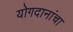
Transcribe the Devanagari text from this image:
योगदानांचा